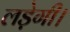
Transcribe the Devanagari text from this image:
लड़ेगी।